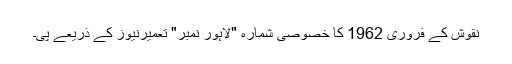
نقوش کے فروری 1962 کا خصوصی شمارہ "لاہور نمبر" تعمیرنیوز کے ذریعے پی۔